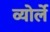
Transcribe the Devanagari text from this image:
व्योर्ले